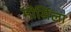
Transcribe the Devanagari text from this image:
मोर्सिला